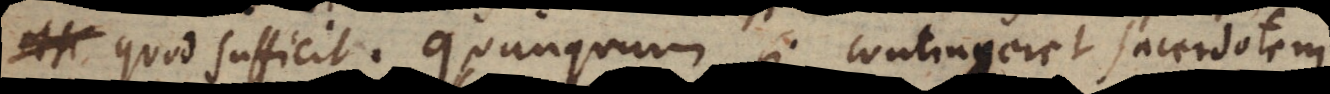
quod sufficit. Quanquam si contingeret sacerdotem